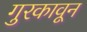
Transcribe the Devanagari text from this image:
गुरकावून